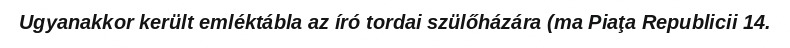
Ugyanakkor került emléktábla az író tordai szülőházára (ma Piaţa Republicii 14.